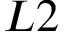
L 2